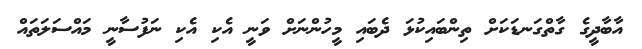
އާބާދީގެ ގާތްގަނޑަކަށް ތިންބައިކުޅަ ދެބައި މީހުންނަށް ވަނީ އެކި އެކި ނަފުސާނީ މައްސަލަތައް